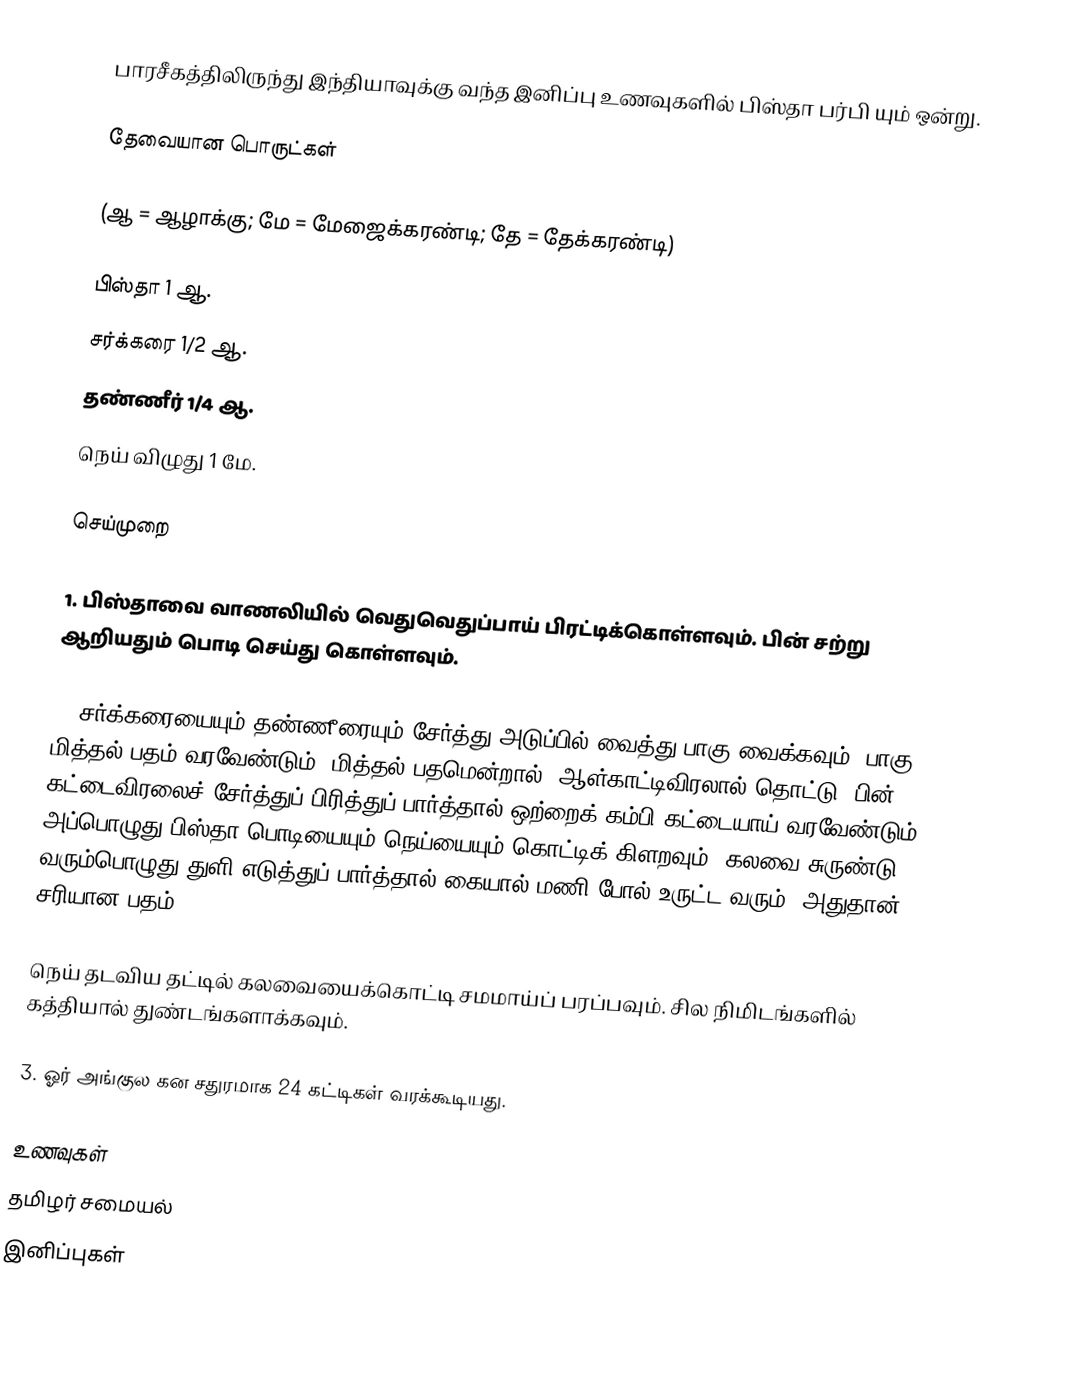
பாரசீகத்திலிருந்து இந்தியாவுக்கு வந்த இனிப்பு உணவுகளில் பிஸ்தா பர்பி யும் ஒன்று.

தேவையான பொருட்கள்

(ஆ = ஆழாக்கு; மே = மேஜைக்கரண்டி; தே = தேக்கரண்டி)

பிஸ்தா 1 ஆ.
சர்க்கரை  1/2 ஆ.
தண்ணீர் 1/4 ஆ.
நெய் விழுது 1 மே.

செய்முறை

  1. பிஸ்தாவை வாணலியில் வெதுவெதுப்பாய் பிரட்டிக்கொள்ளவும். பின் சற்று ஆறியதும் பொடி செய்து கொள்ளவும்.

  2. சர்க்கரையையும் தண்ணீரையும் சேர்த்து அடுப்பில் வைத்து பாகு வைக்கவும். பாகு மித்தல் பதம் வரவேண்டும். மித்தல் பதமென்றால், ஆள்காட்டிவிரலால் தொட்டு, பின் கட்டைவிரலைச் சேர்த்துப் பிரித்துப் பார்த்தால் ஒற்றைக் கம்பி கட்டையாய் வரவேண்டும். அப்பொழுது பிஸ்தா பொடியையும் நெய்யையும் கொட்டிக் கிளறவும். கலவை சுருண்டு வரும்பொழுது துளி எடுத்துப் பார்த்தால் கையால் மணி போல் உருட்ட வரும். அதுதான் சரியான பதம்.

நெய் தடவிய தட்டில் கலவையைக்கொட்டி சமமாய்ப் பரப்பவும். சில நிமிடங்களில் கத்தியால் துண்டங்களாக்கவும்.

  3. ஓர் அங்குல கன சதுரமாக 24 கட்டிகள் வரக்கூடியது.

உணவுகள்
தமிழர் சமையல்
இனிப்புகள்